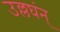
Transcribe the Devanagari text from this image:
उल्लघंन्